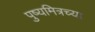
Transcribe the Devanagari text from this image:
पुष्यमित्रच्या